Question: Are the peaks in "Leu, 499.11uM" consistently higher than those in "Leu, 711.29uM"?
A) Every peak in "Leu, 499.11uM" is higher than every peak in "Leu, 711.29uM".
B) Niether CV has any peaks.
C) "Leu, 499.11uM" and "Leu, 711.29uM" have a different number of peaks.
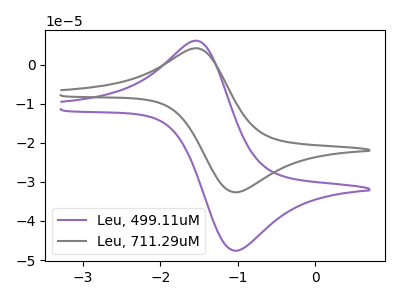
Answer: <think>The purple curve "Leu, 499.11uM" has an anodic peak at (-1.50V, 6.10uA) and a cathodic peak at (-1.05V, -47.60uA). The gray curve "Leu, 711.29uM" has an anodic peak at (-1.50V, 4.20uA) and a cathodic peak at (-1.05V, -32.65uA).</think>
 <answer>A) Every peak in "Leu, 499.11uM" is higher than every peak in "Leu, 711.29uM".</answer>
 <eval>A</eval>